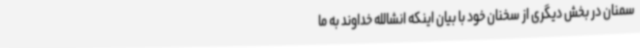
سمنان در بخش دیگری از سخنان خود با بیان اینکه انشالله خداوند به ما